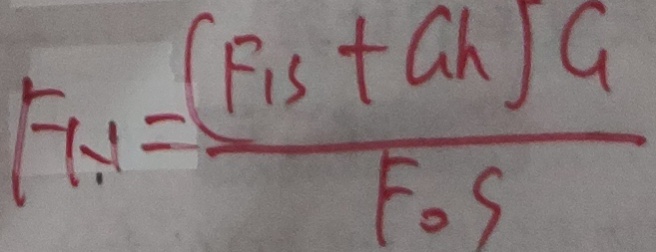
F H = \frac { ( F _ { 1 } S + G h ) G } { F o S }